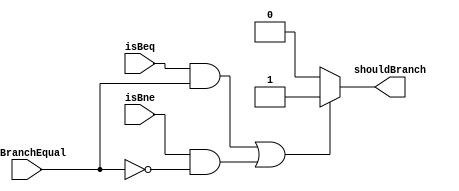
`ifndef __ShouldBranch__
`define __ShouldBranch__

module ShouldBranch (
    isBne,
    isBeq,
    isBranchEqual,
    shouldBranch
);
    input wire isBne;
    input wire isBeq;
    input wire isBranchEqual;
    output reg shouldBranch;
    
    always @(*) begin
        if (isBeq && isBranchEqual
        || isBne && !isBranchEqual) begin
            shouldBranch = 1;
        end else begin
            shouldBranch = 0;
        end
    end

endmodule

`endif